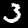
Digit: 3